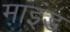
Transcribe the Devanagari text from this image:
म़ाइंड